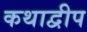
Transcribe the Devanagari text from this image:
कथाद्वीप